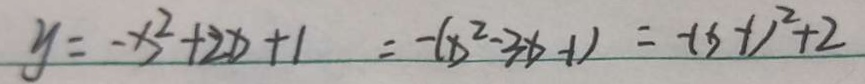
y = - x ^ { 2 } + 2 x + 1 = - ( x ^ { 2 } - 3 x - 1 ) = - ( x - 1 ) ^ { 2 } + 2